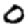
Digit: 0